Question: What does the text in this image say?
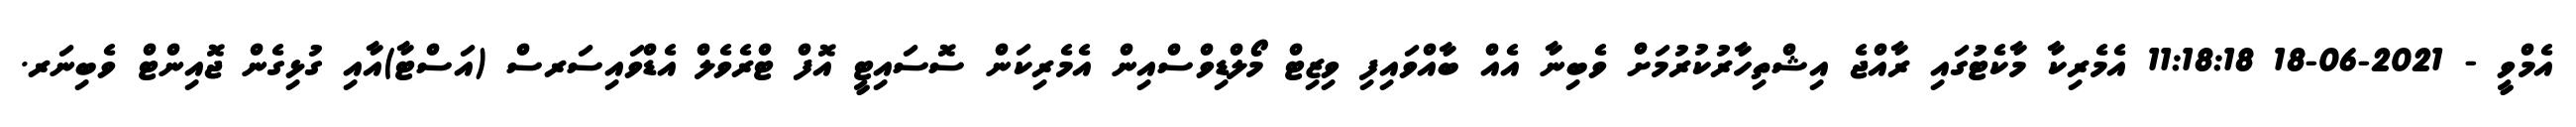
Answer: އެމްވީ - 2021-06-18 11:18:18 އެމެރިކާ މާކެޓުގައި ރާއްޖެ އިޝްތިހާރުކުރުމަށް ވެބިނާ އެއް ބާއްވައިފި ވިޒިޓް މޯލްޑިވްސްއިން އެމެރިކަން ސޮސައިޓީ އޮފް ޓްރެވެލް އެޑްވައިސަރސް (އަސްޓާ)އާއި ގުޅިގެން ޖޮއިންޓް ވެބިނަރ.